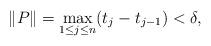
LaTeX: \begin{align*}\|P\|=\underset{1\leq j\leq n}{\max}(t_{j}-t_{j-1})<\delta,\end{align*}